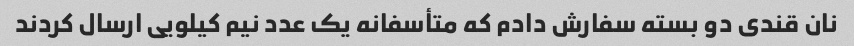
نان قندی دو بسته سفارش دادم که متأسفانه یک عدد نیم کیلویی ارسال کردند